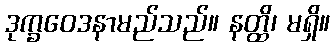
ဒုက္ခဝေဒနာမည်သည်။ နတ္ထိ၊ မရှိ။